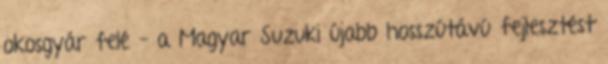
okosgyár felé – a Magyar Suzuki újabb hosszútávú fejlesztést